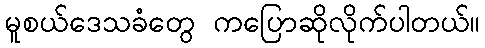
မူစယ်ဒေသခံတွေ ကပြောဆိုလိုက်ပါတယ်။